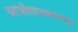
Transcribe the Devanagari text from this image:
बाजीरावापासून